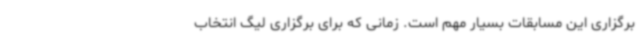
برگزاری این مسابقات بسیار مهم است. زمانی که برای برگزاری لیگ انتخاب